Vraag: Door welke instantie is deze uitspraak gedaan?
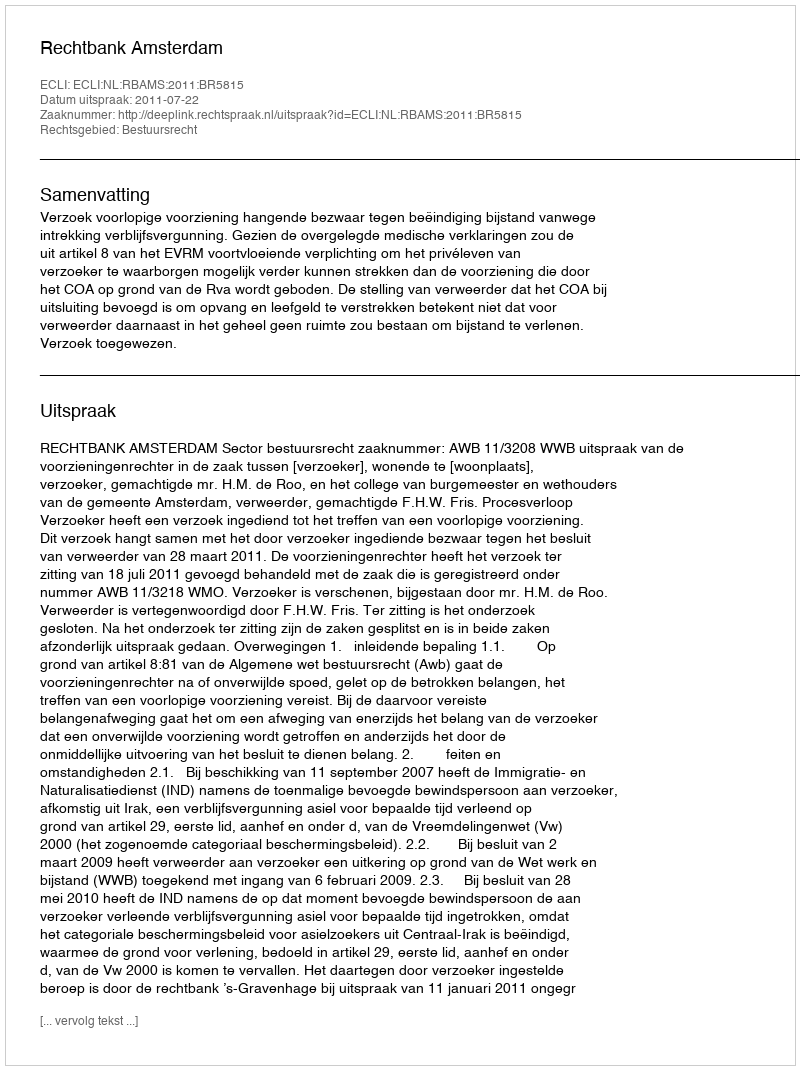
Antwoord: Rechtbank Amsterdam